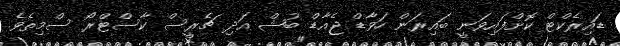
ޑައިރެކްޓް ކޮށްފައިވަނީ ބައިރަން ހަވާޑް ޖެއާޑް ބުޝް އަދި ޗެރީސް ކާސްޓްރޯ ސްމިތެވެ.